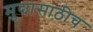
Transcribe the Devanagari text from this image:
मुद्यासाठीच